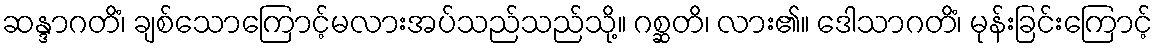
ဆန္ဒာဂတိံ၊ ချစ်သောကြောင့်မလားအပ်သည်သည်သို့။ ဂစ္ဆတိ၊ လား၏။ ဒေါသာဂတိံ၊ မုန်းခြင်းကြောင့်